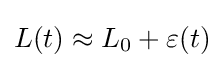
L(t)\approx L_{0}+\varepsilon (t)